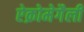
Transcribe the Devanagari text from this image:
ऐक्रोमेगैली